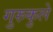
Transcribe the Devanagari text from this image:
गुरुकुले